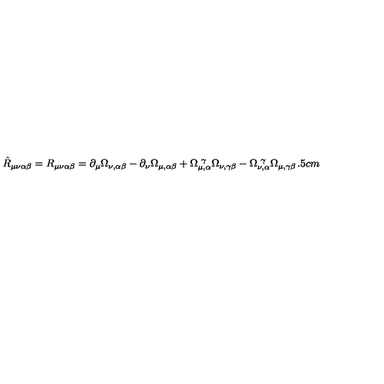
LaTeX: \hat { R } _ { \mu \nu \alpha \beta } = R _ { \mu \nu \alpha \beta } = \partial _ { \mu } \Omega _ { \nu , \alpha \beta } - \partial _ { \nu } \Omega _ { \mu , \alpha \beta } + \Omega _ { \mu , \alpha } ^ { \ \gamma } \Omega _ { \nu , \gamma \beta } - \Omega _ { \nu , \alpha } ^ { \ \gamma } \Omega _ { \mu , \gamma \beta } \hspace { 1 . 5 c m }